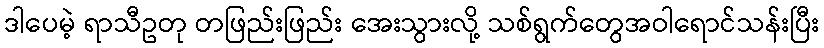
ဒါပေမဲ့ ရာသီဥတု တဖြည်းဖြည်း အေးသွားလို့ သစ်ရွက်တွေအဝါရောင်သန်းပြီး